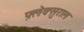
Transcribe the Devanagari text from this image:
फ़्लेक्सुराल